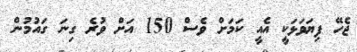
ޖެހޭ ފިޔަވަޅަކީ އެއީ ކަމަށް ވެސް 150 އަށް ވުރެ ގިނަ ގައުމުން